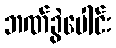
ဘဏ်ခွဲပေါင်း